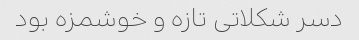
دسر شکلاتی تازه و خوشمزه بود